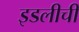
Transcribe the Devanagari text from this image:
इडलीची